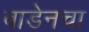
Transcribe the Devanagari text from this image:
बाडेनचा